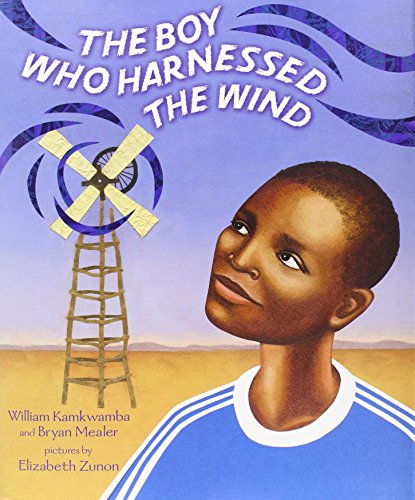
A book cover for The Boy Who Harnessed the Wind: Picture Book Edition; William Kamkwamba; Children's Books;